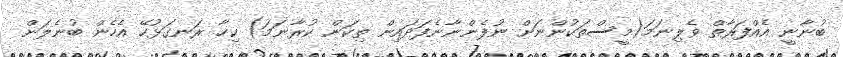
ބުނާނީ އެއްފަރާތް ވެލިނަމަ(މީސްތަކުންނަށް ނުފެންނާނެފަދައިން ތިކަން ކުރާނަމަ) ކިހާ ރަނގަޅުހޭ އެހެން ބުނެލަން